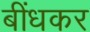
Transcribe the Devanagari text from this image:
बींधकर